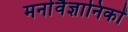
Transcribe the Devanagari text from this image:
मनाेवैज्ञानिकाें